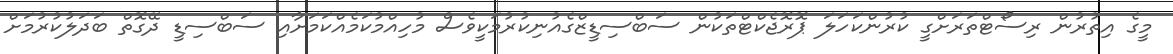
މީގެ އިތުރުން ރިސޯޓްތަރަށްގީ ކުރުންކަހަލަ ޕޮރޮޖެކްޓްތަކުން ސަބްސިޑީޒްގެއުނިކުރުމަކީވެސް މުހިއްމުކަމެއްކަމަށާއި ސަބްސިޑީ ދޭގޮތް ބަދަލުކުރުމަށް